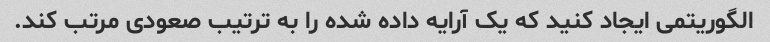
الگوریتمی ایجاد کنید که یک آرایه داده شده را به ترتیب صعودی مرتب کند.